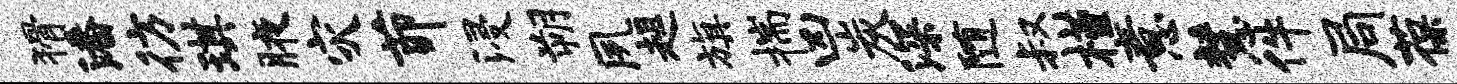
猾潘彷琪腋灾茆浸朔夙趄旗揣凶炭深随叔槿意慧件局葆